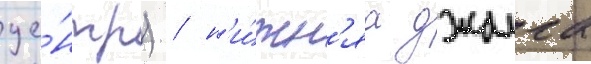
це́нтр) / н'и́жн'яа джалга